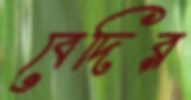
বেদির